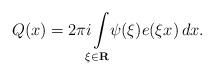
LaTeX: \begin{align*} Q ( x ) = 2 \pi i \! \! \int \limits _ { \xi \in \mathbf R } \! \! \psi ( \xi ) e ( \xi x ) \, d x .\end{align*}